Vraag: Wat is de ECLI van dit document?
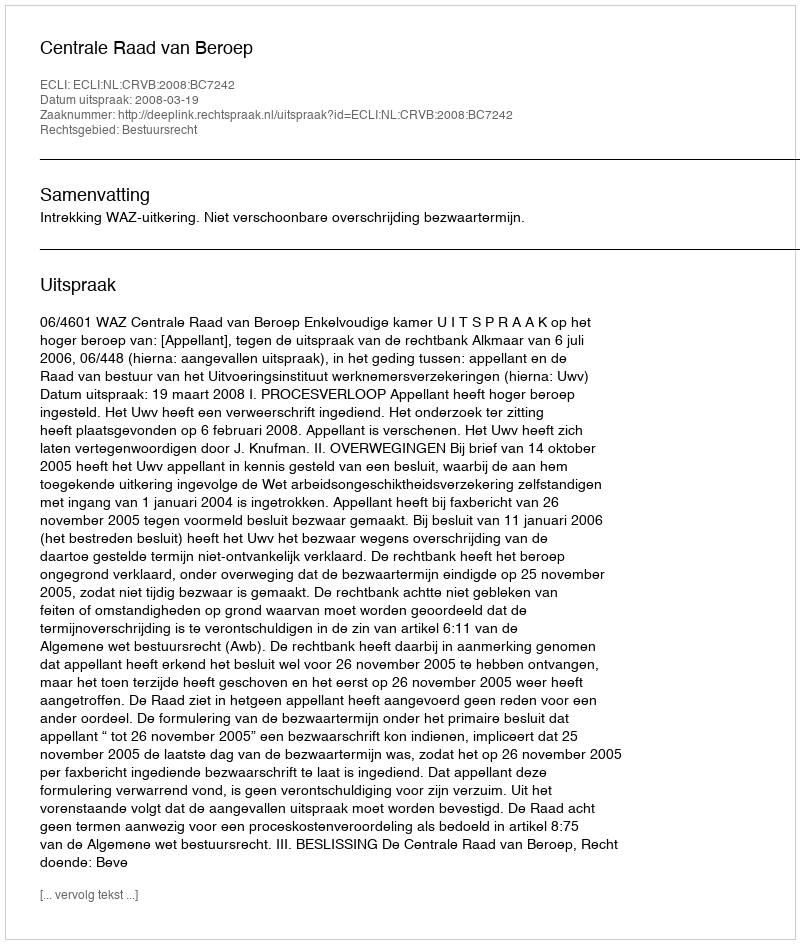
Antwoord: ECLI:NL:CRVB:2008:BC7242